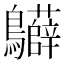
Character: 𪈙